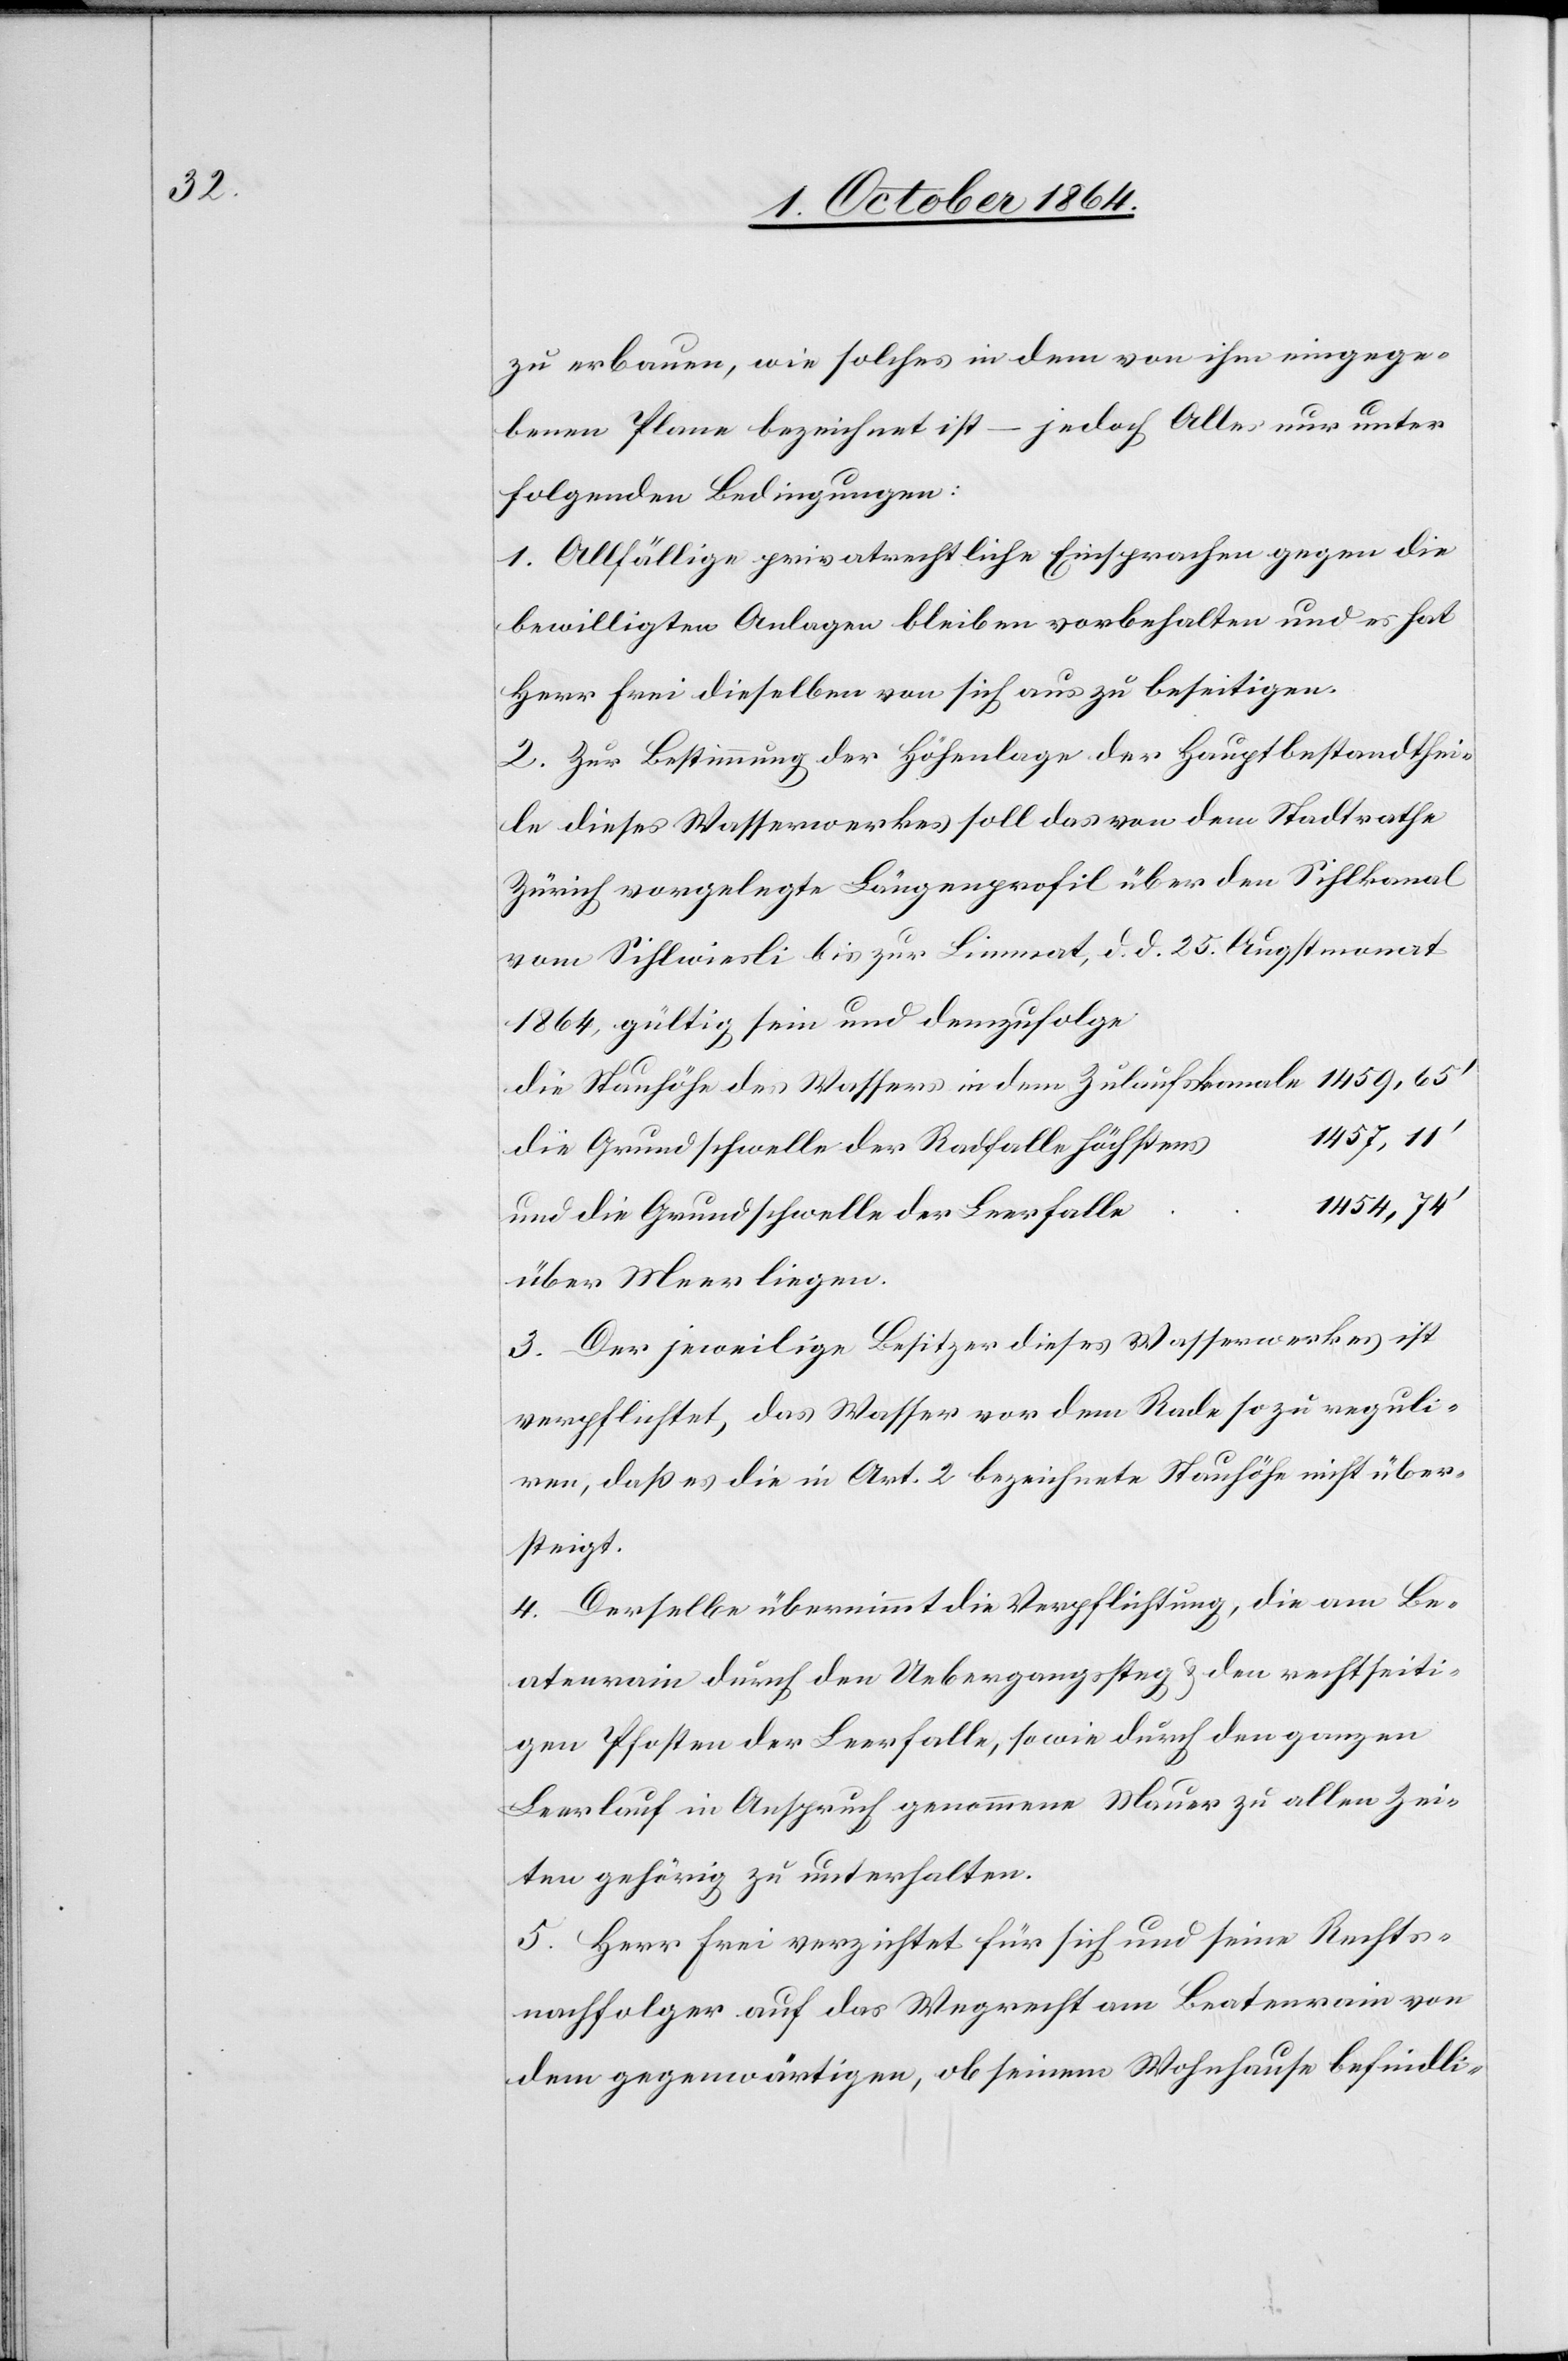
zu erbauen, wie solches in dem von ihm eingege¬
benen Plane bezeichnet ist – jedoch Alles nur unter
folgenden Bedingungen:
1. Allfällige privatrechtliche Einsprachen gegen die
bewilligten Anlagen bleiben vorbehalten und es hat
Herr Frei dieselben von sich aus zu beseitigen.
2. Zur Bestimmung der Höhenlage der Hauptbestandthei¬
le dieses Wasserwerkes soll das von dem Stadtrathe
Zürich vorgelegte Längenprofil über den Sihlkanal
vom Sihlwiesli hin zur Limmat, d. d. 25. Augstmonat
1864, gültig sein und demzufolge
die Stauhöhe des Wassers in dem Zulaufskanale
457, 11’
die Grundschwelle der Radfalle höchstens
1 454, 74’
und die Grundschwelle der Leerfalle
über Meer liegen.
3. Der jeweilige Besitzer dieses Wasserrechtes ist
verpflichtet, das Wasser vor dem Rade so zu reguli¬
ren, daß es die in Art. 2 bezeichnete Stauhöhe nicht über¬
steigt.
4. Derselbe übernimmt die Verpflichtung, die am Be¬
atenrain durch den Uebergangssteg & den rechtseiti¬
gen Pfosten der Leerfalle, sowie durch den ganzen
Leerlauf in Anspruch genommene Mauer zu allen Zei¬
ten gehörig zu unterhalten.
5. Herr Frei verzichtet für sich und seine Rechts¬
nachfolger auf das Wegrecht am Beatenrain von
dem gegenwärtigen, ob seinem Wohnhause befindli-